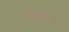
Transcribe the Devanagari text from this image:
इलाचन्द